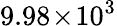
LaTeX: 9.98\! \times\! 10^{3}